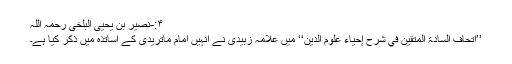
۴:-نصیر بن یحییٰ البلخی رحمہ اللہ
’’اتحاف السادۃ المتقین في شرح إحیاء علوم الدین‘‘ میں علامہ زبیدیؒ نے انہیں امام ماتریدیؒ کے اساتذہ میں ذکر کیا ہے۔